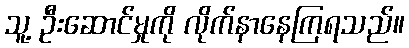
သူ့ ဦးဆောင်မှုကို လိုက်နာနေကြရသည်။